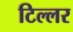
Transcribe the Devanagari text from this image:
टिल्लर